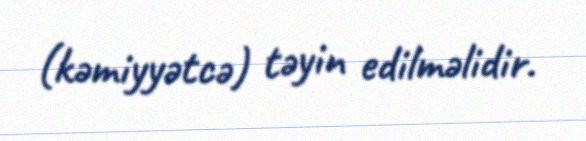
(kəmiyyətcə) təyin edilməlidir.